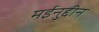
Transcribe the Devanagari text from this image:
मईनुद्दीन